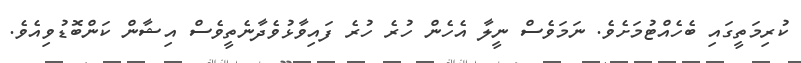
ކުރިމަތީގައި ބެހެއްޓުމަށެވެ. ނަމަވެސް ނީލާ އެހެން ހުރެ ހުރެ ފައިވާޅުވެދާނެތީވެސް އިޝާން ކަންބޮޑުވިއެވެ.